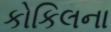
કોકિલના